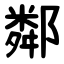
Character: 鄰